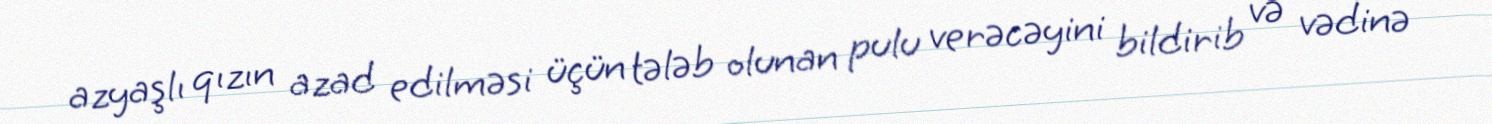
azyaşlı qızın azad edilməsi üçün tələb olunan pulu verəcəyini bildirib və vədinə